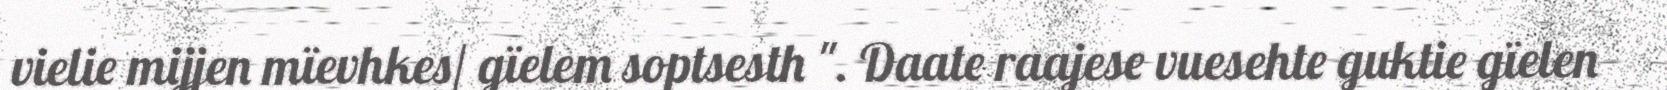
vielie mijjen mïevhkes/ gïelem soptsesth ". Daate raajese vuesehte guktie gïelen